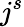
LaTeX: j^{s}